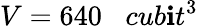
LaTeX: V=640\; \; \; cub\mathbf{i}t^{3}